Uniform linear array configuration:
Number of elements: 12
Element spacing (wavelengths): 1
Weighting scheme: blackman
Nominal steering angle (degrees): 15
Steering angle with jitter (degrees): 13.277
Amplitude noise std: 0.05
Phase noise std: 0.05

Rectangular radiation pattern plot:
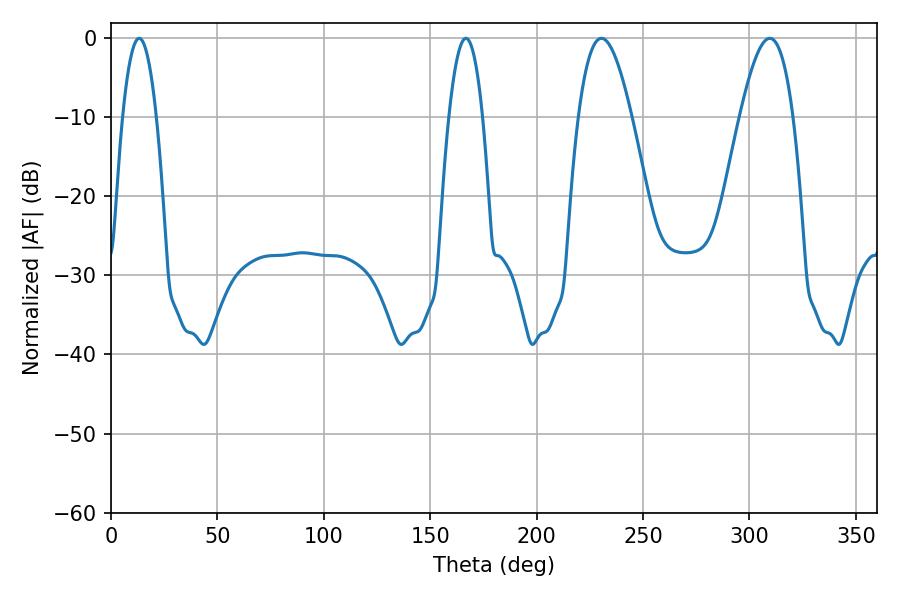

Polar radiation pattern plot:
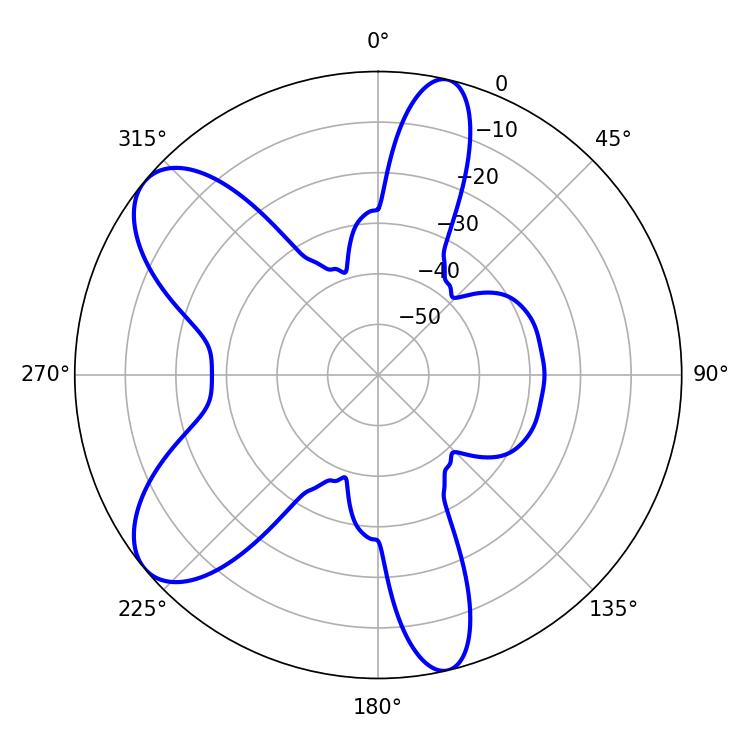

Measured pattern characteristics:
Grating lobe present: TRUE
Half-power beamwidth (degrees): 13.68
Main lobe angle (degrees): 230.4